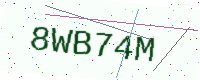
Text: 8WB74M